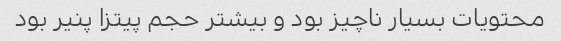
محتویات بسیار ناچیز بود و بیشتر حجم پیتزا پنیر بود